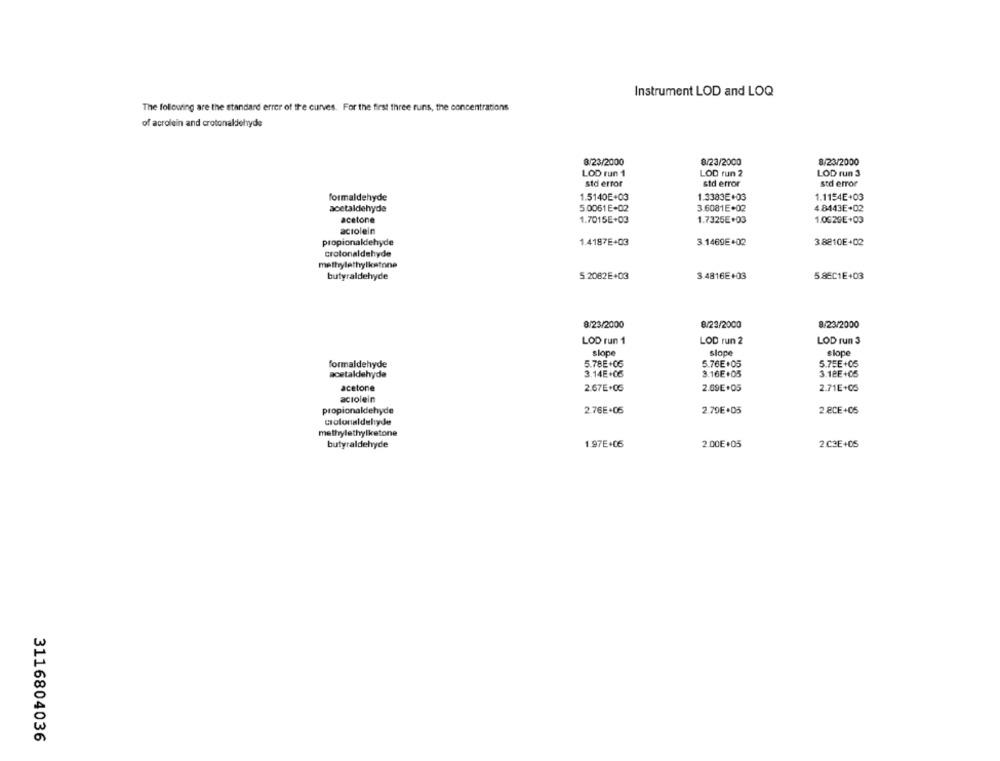
Instrument LOD and LOQ
The following are the standard error of the curves. For the first three runs, the concentrations
of acrolein and crotonaldehyde
8/23/2000
8/23/2000
8/23/2000
LOD run 1
LOD run 2
LOD run 3
std error
std error
std error
formaldehyde
1.5140E+03
1.3383E+03
1.1154E+03
acetaldehyde
5.0061 E+02
3.6081E+02
4 8443E+02
acetone
1.7015E+03
1.7325E+03
1.0529E+03
actolein
propionaldehyde
1.4187E+03
3.1469E+02
3.8210E+02
crotonaldehyde
methylethylkatone
butyraldehyde
5.2082E+03
3.4816E+03
5.85C1E+03
8/23/2000
8/23/2000
8/23/2000
LOD run 1
LOD run 2
LOD run 3
slope
slope
slope
formaldehyde
5.78E+06
5.76E+05
5.75E+05
acetaldehyde
3.14E+06
3.16E+05
3.12E+05
acetone
2.67E+06
2.69E+05
2.71E+05
acrolein
propionaldehyde
2.76E+06
2.70E.05
2 8CE+05
colonaldehyde
methylethylketone
butyraldehyde
1.97E+06
2.00€+05
2 C3E+05
3116804036